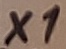
Text: X1